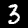
Digit: 3